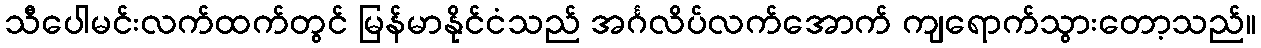
သီပေါမင်းလက်ထက်တွင် မြန်မာနိုင်ငံသည် အင်္ဂလိပ်လက်အောက် ကျရောက်သွားတော့သည်။